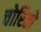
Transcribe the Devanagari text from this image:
चोरितो